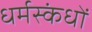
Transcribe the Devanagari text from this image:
धर्मस्कंधों